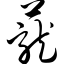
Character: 茏